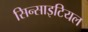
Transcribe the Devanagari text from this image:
सिन्साइटियल